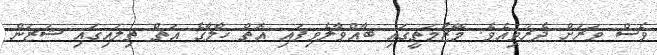
ވެސް ވަރަށް ދެރަވިއެވެ. މޭޒުމަތީގައި ބާއްވާލެވިފައި އޮތް ހާލާގެ އަތް ތިލައިގައި ޝަޒަން